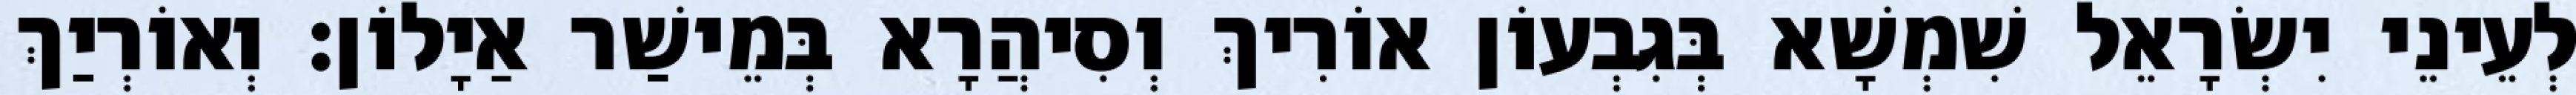
לְעֵינֵי יִשְׂרָאֵל שִׁמְשָׁא בְּגִבְעוֹן אוֹרִיךְ וְסִיהֲרָא בְּמֵישַׁר אַיָלוֹן׃ וְאוֹרְיַךְ